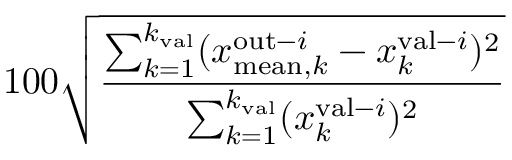
1 0 0 \sqrt { \frac { \sum _ { k = 1 } ^ { k _ { \mathrm { v a l } } } ( x _ { \mathrm { m e a n } , k } ^ { \mathrm { o u t } - i } - x _ { k } ^ { \mathrm { v a l } - i } ) ^ { 2 } } { \sum _ { k = 1 } ^ { k _ { \mathrm { v a l } } } ( x _ { k } ^ { \mathrm { v a l } - i } ) ^ { 2 } } }